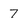
Character: 7